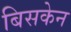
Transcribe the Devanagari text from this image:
बिसकेन